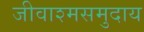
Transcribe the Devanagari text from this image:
जीवाश्मसमुदाय